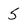
Character: 5